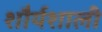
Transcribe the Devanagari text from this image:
शौर्यशाली